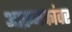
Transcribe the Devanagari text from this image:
आक्रमकांवर